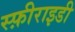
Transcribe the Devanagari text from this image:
स्फ़ीराइडी